Annual report of the Bengal Veterinary College and of the Civil Veterinary Department, Bengal, for the year 1909-1910 - 1909-1910
Year: 1909
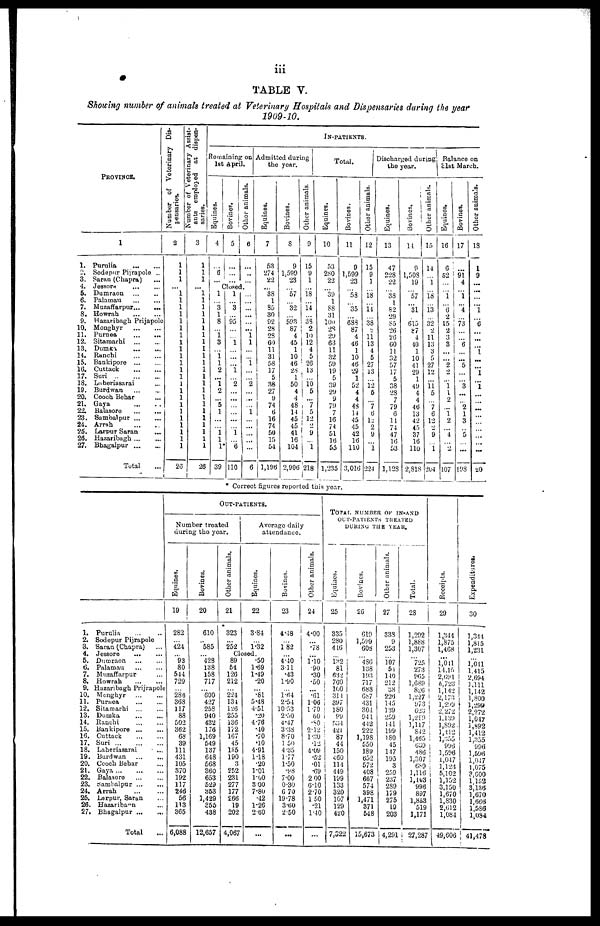
iii
TABLE V.
Showing number of animals treated at Veterinary Hospitals and Dispensaries during the year
1909-10.
PROVINCE.
1.
2.
3.
4.
5.
6.
7.
8.
9.
10.
11.
12.
13.
14.
15.
16.
17.
13.
19.
20.
21.
22.
23.
24.
25.
26.
27.
1
Purulia
...
...
Sodepur Pijrapole ..
Saran (Chapra) ...
Jessore ... ...
Dumraon
...
...
Palamau
...
...
Muzaffarpur ... ...
Howrah
...
...
Hazaribagh Prijapole
Monghyr
...
...
Purnea
...
...
Sitamarhi
...
...
Dumka
...
...
Ranchi
...
...
Bankipore
...
...
Cuttack
...
...
Suri
...
...
Laheriasarai ...
Burdwan ... ...
Cooch Behar ...
Gaya
...
..
Balasore
...
...
Sambalpur
...
...
Arrah ... ...
Larpur Saran ...
Hazaribagh ... ...
Bhagalpur
...
...
Total ...
Number of Veterinary Dis-
pensaries.
2
1
1
1
1
1
1
1
1
1
1
1
1
1
1
1
1
1
1
1
1
1
1
1
1
1
1
1
50
Number of Veterinary Assist-
ants employed at dispen-
saries.
3
1
1
1
... 1
1
1
1
1
1
1
1
1
1
1
1
1
1
1
1
1
1
1
1
1
1
1
26
IN-PATIENTS.
Remaining on
1st April
Equines.
4
...
6
...
Bovines.
5
...
...
...
Other animals.
6
...
..
...
Closed
1
... 3
1
8
...
... 3
...
... 1
2
... 1
2
... 5
1
...
...
1 1
1
39
1
... 3
... 95
...
... 1
...
...
...
1
... 2
...
...
...
...
...
...
1
...
6
110
...
...
...
...
...
... 1
1
...
...
...
...
... 2
...
...
...
1
...
...
...
...
...
6
Admitted during
the
year.
Equines.
7
53
274
22
... 38
1
85
30
92
28
28
60
11
31
58
17
5
38
27
9
74 6
16
74
50
15
54
1,196
Bovines.
8
9
1.599
23
... 57
... 82
... 593
87
4
45
1
10
46
28
1
50
4
4
48
14
45
45
41
16
104
2,906
Other animals.
9
15
9
1
... 18
... 14
... 38
2
10
12
4
5
26
13
...
10 5
...
7
5
12
2
9
...
1
218
Total.
Equines.
10
53
280
22
... 39
1
88
31
100
28
29
63
11
32
59
19
5
39
29
9
79
7
16
74
51
16
55
1,235
Bovines.
11
9
1,599
23
... 53
... 35
... 683
87
4
46
1
10
46
29
1
52
4
4
48
14
45
45
42
16
110
3,016
Discharged during
the year.
Other animals.
12
15
9
1
... 18
...
14
... 33
2
11
13
4
5
27
13
... 12
5
...
7
6
12
2
9
...
1
224
Equines.
13
47
228
22
... 38
1
82
29
85
26
26
60
11
32
57
17
5
38
28
7
79
6
14
74
47
16
53
1,12S
Bovines.
14
9
1,508
19
... 57
...
31
... 615
87
4
40
1
10
41
29
1
49
4
4
46
13
42
45
37
16
110
2,818
Other animals.
15
14
1
... 18
...
13
... 32
2
11
13
3
5
27
12
...
11 5
...
7
6
12
2
9
...
1
204
Balance on
31st March.
Equines.
16
6
52
...
...
1
...
6
2
15
2
3
3
...
2
2
...
1 1
2
...
1
2
4
...
2
107
Bovines.
17
91
4
...
1
... 4
... 73
6
... 5
...
... 3
...
2
1
3
5
...
...
198
Other animals.
18
1
9
...
...
... 1
...
6
...
...
......
1
...
...
1
...
1 ...
...
...
...
...
...
...
...
...
20
* Correct figures reported this year.
1.
2.
3.
4.
5.
6.
7.
8.
9.
10.
11.
12,
13.
14.
15.
16.
17.
18.
19.
20.
21.
22.
23.
24.
25.
26.
27.
Purulia ... ...
Sodepur Pijrapole
Saran (Chapra) ...
Jessore
...
...
Dumraon
...
...
Palamau
...
...
Muzaffarpur ...
Howrah ... ...
Hazaribagh Prijrapole
Monghyr
...
...
Purnea
...
...
Sitamarhi ... ...
Dumka ... ...
Ranchi
...
...
Bankipore
...
...
Cuttack
...
...
Suri
...
...
...
Laheriasarai
...
Burdwan
...
...
Cooch Behar ...
Gaya
...
...
Balasore
...
...
Sambalpur
...
...
Arrah ... ...
Larpur, Sarah ...
Hazaribagn ...
Bhagalpur ... ...
Total ...
OUT-PATIENTS.
Number treated
during the year.
Equines.
19
282
...
424
... 93
80
544
729
...
286
368
117
88
502
362
68
39
111
431
105
370
192
117
246
56
113
365
6,088
Bovines.
20
610
...
585
... 428
138
158
717
...
600
427
258
940
432
176
1,169
549
137
648
568
360
653
529
353
1,429
356
438
12,657
Other animals.
21
323
...
252
Closed
89
54
126
212
...
224
134
126
255
136
1?2
167
45
135
190
3
252
231
277
177
266
19
202
4,067
Average daily
attendance.
Equines.
22
3.84
...
1.32
.50
1.69
1.49
.20
...
.81
5.48
4.51
.20
476
.10
.70
.10
4.91
1.18
.20
1.01
1.00
3 00
7.80
.42
1.26
2.60
...
Bovines.
23
4.18
...
182
4.40
311
.43
1.90
...
1.64
2.54
10.53
2.50
4.47
3.38
8.70
1 50
4.35
1.77
1.50
.98
7.00
0.30
6 70
19.78
3.60
2.50
...
Other animals.
24
4.00
...
.78
...
1.10 .90
.30
.50
...
.61
1.06
1.70
60
.80
2.12
1. 30
.12
4.09
.52
.01
.69
2 00
6.10
2.70
1 50
.21
1.40
...
TOTAL NUMBER OF IN-AND
OUT-PATIENTS TREATED
DURING THE YEAR.
Equines.
25
335
280
416
... 132
81
632
760
100
311
397
180
99
534
421
87
44
150
460
114
449
199
133
320
107
129
420
7,322
Bovines.
26
619
1,599
608
... 486
138
193
717
688
687
431
304
941
442
222
1,198
550
189
652
572
408
667
574
398
1,471
371
548
15,673
Other animals.
27
338
9
253
... 107
51
110
212
38
226
145
139
259
141
199
180
45
117
195
3
259
237
289
179
275
19
203
14,291
Total.
28
1,292
1,888
1,307
... 725
273
965
1,680
826
1,227
973
623
1,299
1,117
842
1.465
639
486
1,307
689
1,116
1,153
996
897
1,853
519
1,171
27,287
Recei pt s .
29
1,344
1,875
1,468
...
1,011
14,15
2,694
6,723
1,142
2,173
1,299
2,272
1,139
1,892
1,412
1,355
996
1,596
1,047
1,123
5,102
1,152
3,150
1,670
1,830
2,612
1,084
49,606
Expendi t
ur es .
30
1,344
1,815
1,231
... 1,041
1.415
2.694
1,111
1,142
1,800
1,299
2,272
1,047
1,892
1,412
1,355
996
1,596
1,047
1,075
3,600
1,152
3,136
1,670
1,666
1,586
1,084
41,478